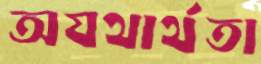
অযথার্থতা